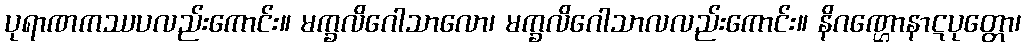
ပုရာဏကဿပလည်းကောင်း။ မက္ခလိဂေါသာလော၊ မက္ခလိဂေါသာလလည်းကောင်း။ နိဂဏ္ဌောနာဋပုတ္တော၊